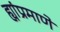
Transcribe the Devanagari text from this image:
ह्यांप्रमाणे